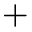
+